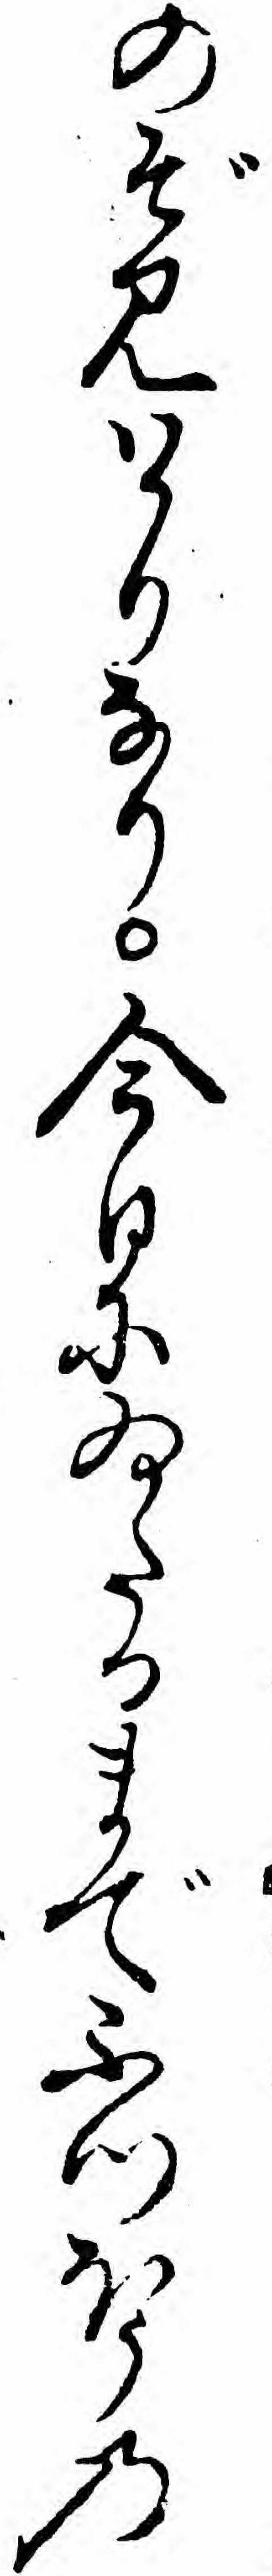
のぞみハかりなり今日にゐたるまでふつほうの